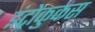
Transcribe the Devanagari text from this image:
इंट्रोकुकस